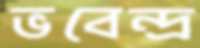
ভবেন্দ্র